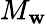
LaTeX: M_{\mathbf{w}}